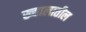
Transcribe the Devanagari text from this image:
ख्यालातील